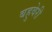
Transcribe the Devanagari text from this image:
बहुवेरी